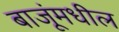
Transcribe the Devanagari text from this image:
बाजूंमधील